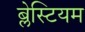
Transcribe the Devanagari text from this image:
ब्लेस्टियम